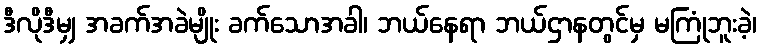
ဒီလိုဒီမျှ အခက်အခဲမျိုး ခက်သောအခါ၊ ဘယ်နေရာ ဘယ်ဌာနတွင်မှ မကြုံဘူးခဲ့၊